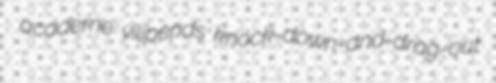
academe vilipends knock-down-and-drag-out